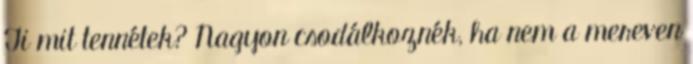
Ti mit tennétek? Nagyon csodálkoznék, ha nem a mereven